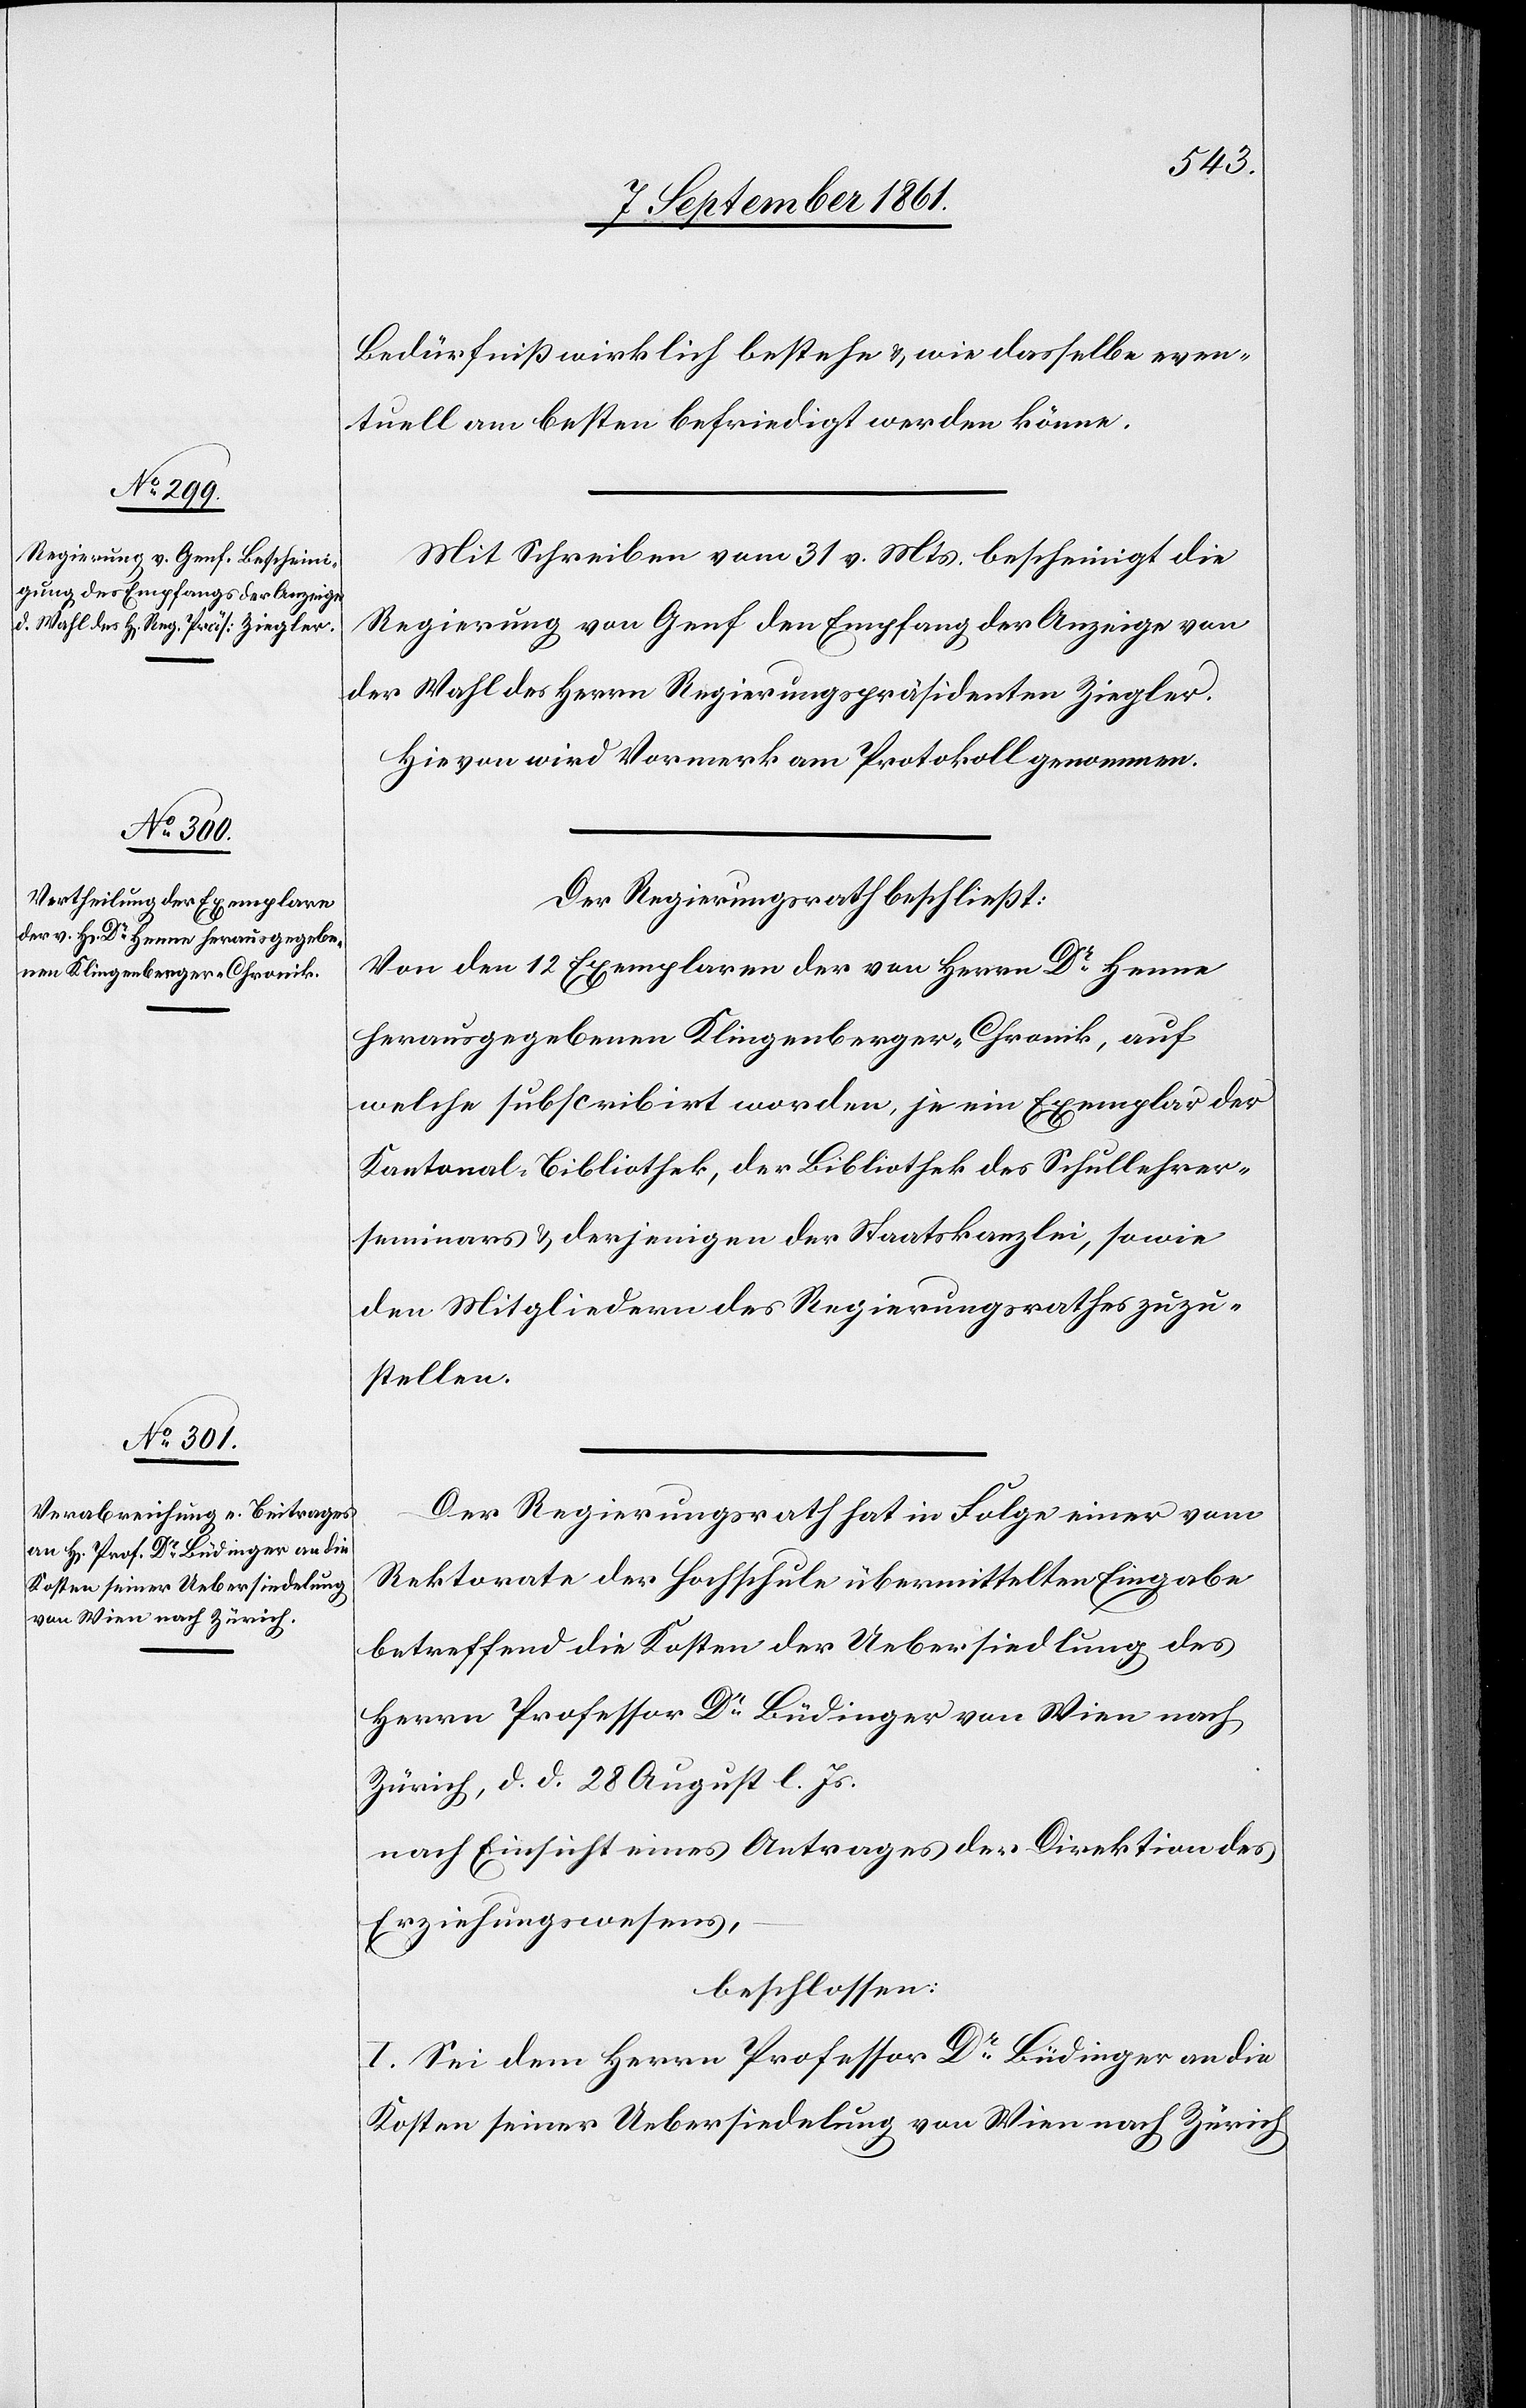
Bedürfniß wirklich bestehe u. wie dasselbe even¬
tuell am besten befriedigt werden könne.
Mit Schreiben vom 31 v. Mts. bescheinigt die
Regierung von Genf den Empfang der Anzeige von
der Wahl des Herrn Regierungspräsidenten Ziegler.
Hievon wird Vormerk am Protokoll genommen.
Der Regierungsrath beschließt:
Von den 12 Exemplaren der von Herrn Dr Henne
herausgegebenen Klingenberger-Chronik, auf
welche subscribirt worden, je ein Exemplar der
Kantonal-Bibliothek, der Bibliothek des Schullehrer¬
seminars u. derjenigen der Staatskanzlei, sowie
den Mitgliedern des Regierungsrathes zuzu¬
stellen.
Der Regierungsrath hat in Folge einer vom
Rektorate der Hochschule übermittelten Eingabe
betreffend die Kosten der Uebersiedlung des
Herrn Professor Dr Büdinger von Wien nach
Zürich, d. d. 28 August l. Js.
nach Einsicht eines Antrages der Direktion des
Erziehungswesens,
beschlossen:
I. Sei dem Herrn Professor Dr Büdinger an die
Kosten seiner Uebersiedlung von Wien nach Zürich